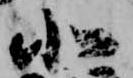
北